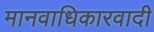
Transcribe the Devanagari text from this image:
मानवाधिकारवादी